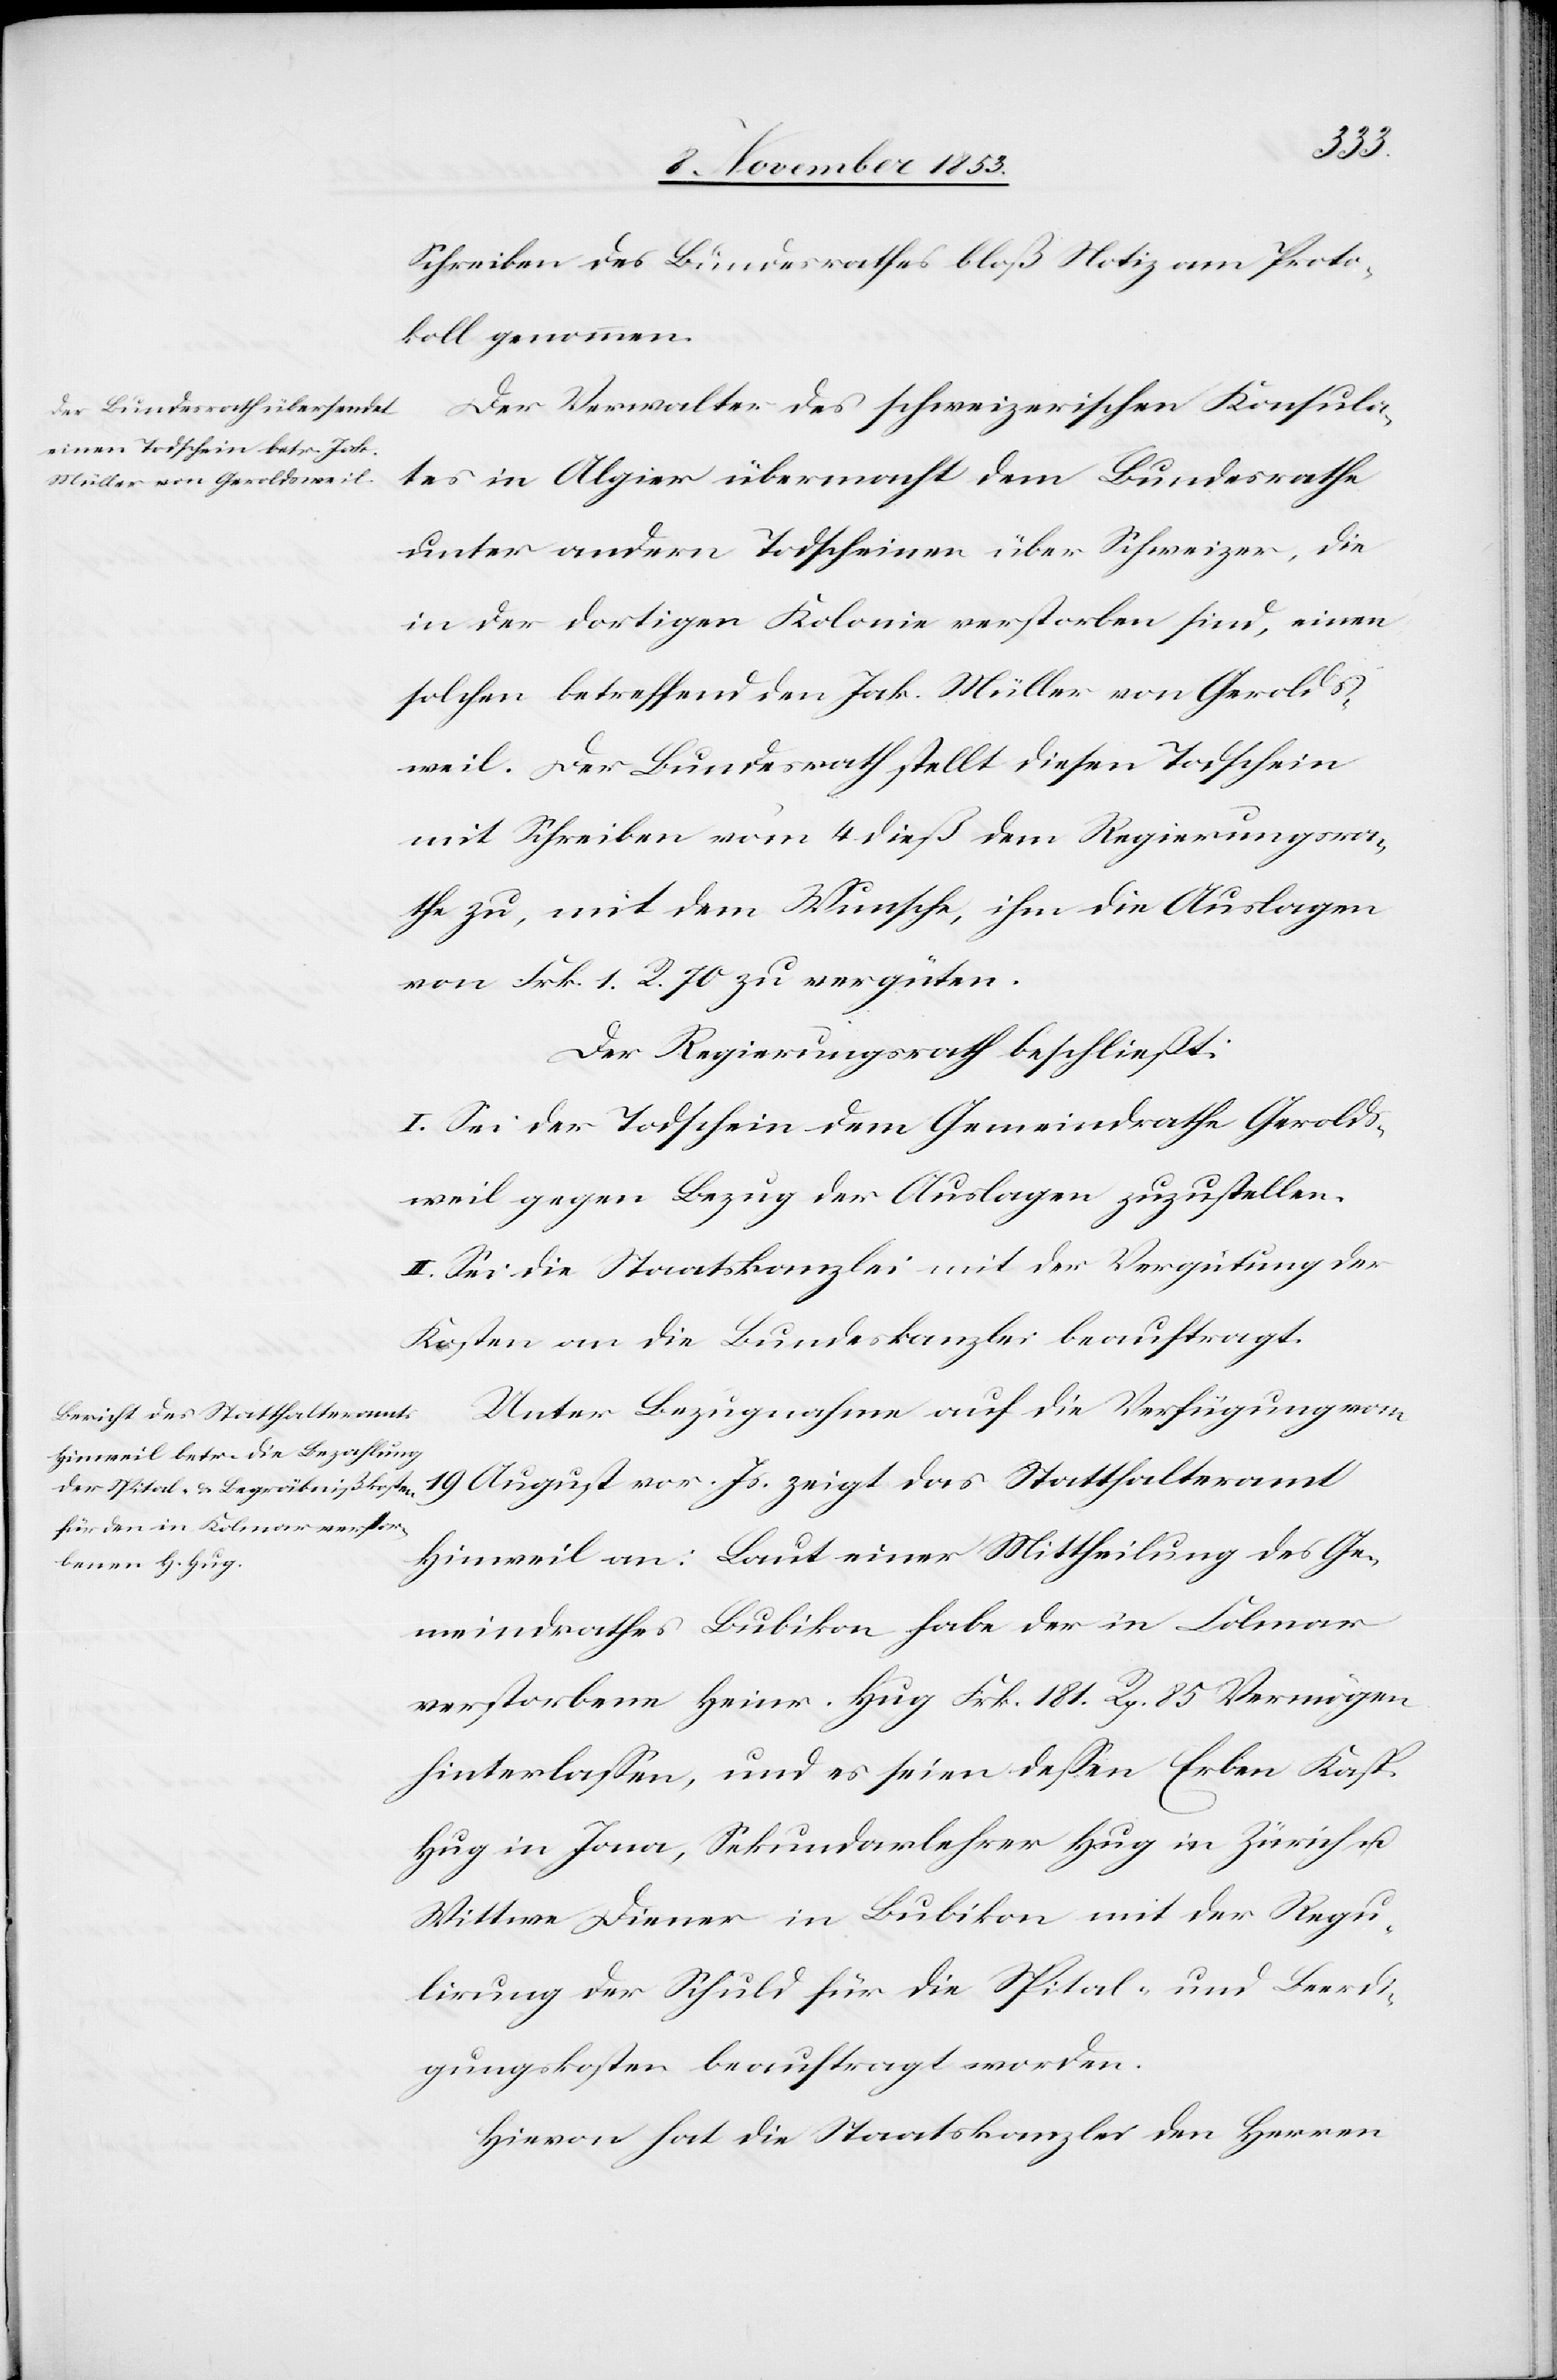
Schreiben des Bundesrathes bloß Notiz am Proto¬
koll genommen.
Der Verwalter des schweizerischen Konsula¬
tes in Algier übermacht dem Bundesrathe
unter andern Todscheine über Schweizer, die
in der dortigen Kolonie verstorben sind, einen
solchen betreffend Jak. Müller von Gerolds¬
weil. Der Bundesrath stellt diesen Todschein
mit Schreiben vom 4 dieß dem Regierungsra¬
the zu, mit dem Wunsche, ihm die Auslagen
von Frk. 1 R. 70 zu vergüten.
Der Regierungsrath beschließt:
I. Sei der Todschein dem Gemeindrathe Gerolds¬
weil gegen Bezug der Auslagen zuzustellen.
II. Sei die Staatskanzlei mit der Vergütung der
Kosten an die Bundeskanzlei beauftragt.
Unter Bezugnahme auf die Verfügung vom
19 August vor. Js. zeigt das Statthalteramt
Hinweil an: Laut einer Mittheilung des Ge¬
meindrathes Bubikon habe der in Colmar
verstorbene Heinr. Hug Frk. 181 Rp. 85 Vermögen
hinterlaßen, und es seien deßen Erben Kasp.
Hug in Jona, Sekundarlehrer Hug in Zürich u.
Wittwe Diener in Bubikon mit der Regu¬
lirung der Schuld für die Spital- und Beerdi¬
gungskosten beauftragt worden.
Hievon hat die Staatskanzlei den Herren